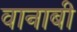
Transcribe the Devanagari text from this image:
वानाबी